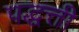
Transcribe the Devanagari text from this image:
पद्धत्ती